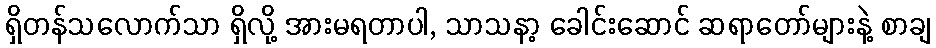
ရှိတန်သလောက်သာ ရှိလို့ အားမရတာပါ, သာသနာ့ ခေါင်းဆောင် ဆရာတော်များနဲ့ စာချ